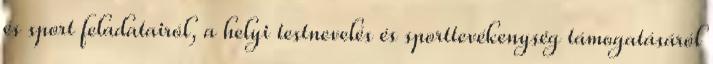
és sport feladatairól, a helyi testnevelés és sporttevékenység támogatásáról